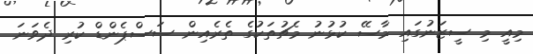
މިއީ މި ސީޒަނުގައި މާސޭ ކުޅުނު މެޗުތަކުގެ ތެރެއިން ސަސްޕެންޑް ކުރި ދެވަނަ